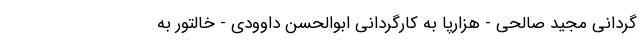
گردانی مجید صالحی - هزارپا به کارگردانی ابوالحسن داوودی - خالتور به